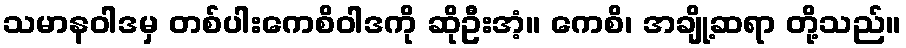
သမာနဝါဒမှ တစ်ပါးကေစိဝါဒကို ဆိုဦးအံ့။ ကေစိ၊ အချို့ဆရာ တို့သည်။